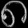
Digit: ၈